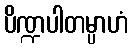
ပိဏ္ဍပါတမ္ပာဟံ